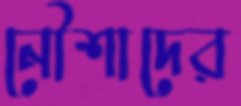
নৌশাদের